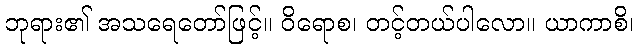
ဘုရား၏ အသရေတော်ဖြင့်။ ဝိရောစ၊ တင့်တယ်ပါလော။ ယာကာစိ၊